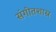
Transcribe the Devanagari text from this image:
संगीतशास्र